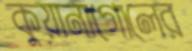
কুয়ানাগোলের